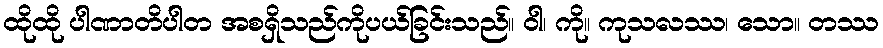
ထိုထို ပါဏာတိပါတ အစရှိသည်ကိုပယ်ခြင်းသည်။ ဝါ၊ ကို။ ကုသလဿ၊ သော။ တဿ